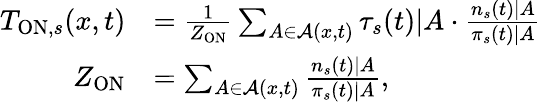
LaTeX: \begin{array}{rl}{T_{\mathrm{ON},s}(x,t)}&{=\frac{1}{Z_{\mathrm{ON}}}\sum_{A\in\mathcal{A}(x,t)}\tau_{s}(t)|A\cdot\frac{n_{s}(t)|A}{\pi_{s}(t)|A}}\\ {Z_{\mathrm{ON}}}&{=\sum_{A\in\mathcal{A}(x,t)}\frac{n_{s}(t)|A}{\pi_{s}(t)|A},}\end{array}